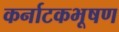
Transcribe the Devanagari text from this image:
कर्नाटकभूषण